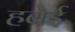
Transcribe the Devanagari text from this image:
हबेई